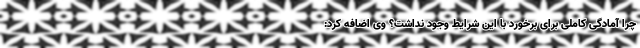
چرا آمادگی کاملی برای برخورد با این شرایط وجود نداشت؟ وی اضافه کرد: